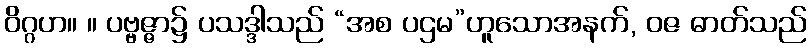
ဝိဂ္ဂဟ။ ။ ပဗ္ဗဇ္ဇာ၌ ပသဒ္ဒါသည် “အစ ပဌမ”ဟူသောအနက်, ဝဇ ဓာတ်သည်